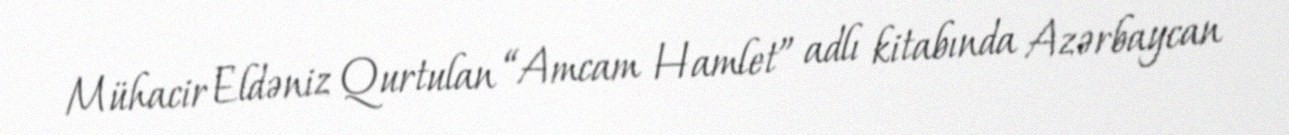
Mühacir Eldəniz Qurtulan “Amcam Hamlet” adlı kitabında Azərbaycan